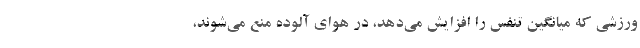
ورزشی که میانگین تنفس را افزایش می‌دهد، در هوای آلوده منع می‌شوند،